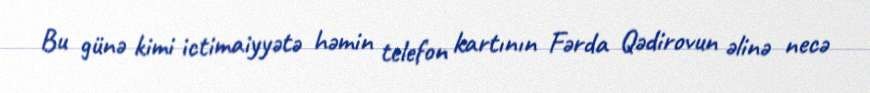
Bu günə kimi ictimaiyyətə həmin telefon kartının Fərda Qədirovun əlinə necə